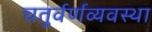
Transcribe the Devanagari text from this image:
चतुर्वर्णव्यवस्था